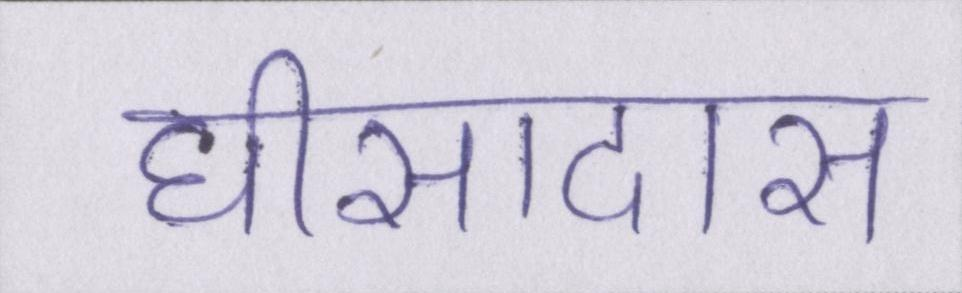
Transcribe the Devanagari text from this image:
घीसादास